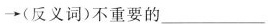
\rightarrow(反义词)不重要的___